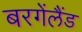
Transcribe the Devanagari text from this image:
बरगेंलैंड